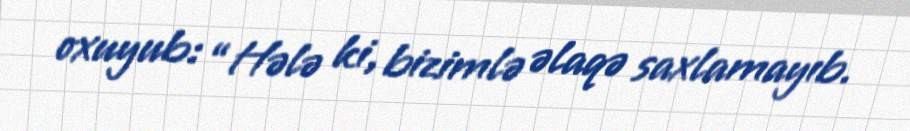
oxuyub: “Hələ ki, bizimlə əlaqə saxlamayıb.